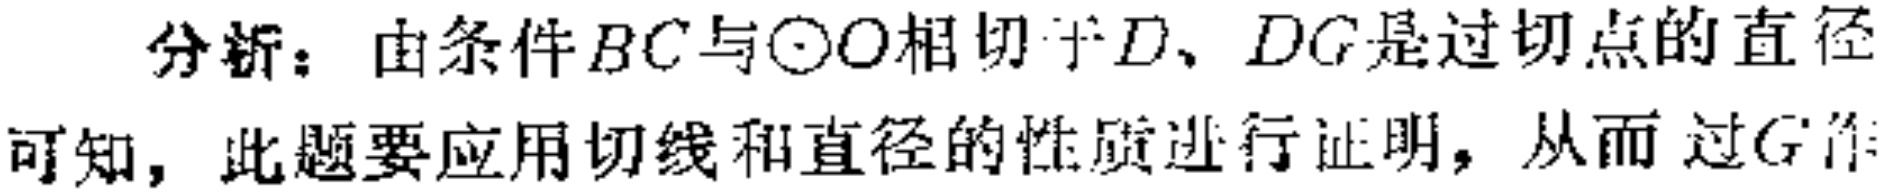
分析：由条件$BC$与$\odot O$相切于$D$、$DG$是过切点的直径可知，此题要应用切线和直径的性质进行证明，从而过$G$作